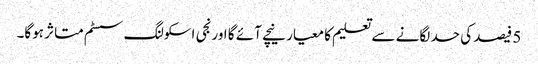
5 فیصد کی حد لگانے سے تعلیم کا معیار نیچے آئے گا اورنجی اسکولنگ سسٹم متاثر ہوگا۔